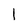
Character: l